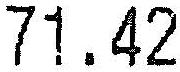
71.42